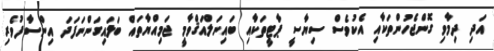
އަދި ދިމާވި ގޮންޖެހުންތަކާއި އެކުވެސް ސިޔާސީ ޕާޓީތަކާއި ބައިނަލްއަޤްވާމީ ޖަމިއްޔާތައް ބަލައިގަންނަފަދަ އިންސާފުވެރި